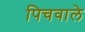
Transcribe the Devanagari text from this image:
पिचवाले